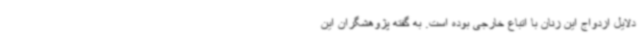
دلایل ازدواج این زنان با اتباع خارجی بوده است. به گفته پژوهشگران این